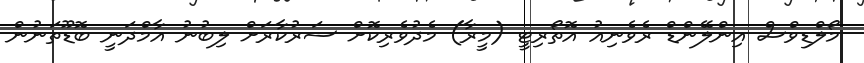
މޯލްޑިވްސް އިންލޭންޑް ރެވެނިއު އޮތޯރިޓީ (މީރާ) މެދުވެރިކޮށް ސަރުކާރަށް ލިބުނު އާމްދަނީ ބޮޑޫތަނުން